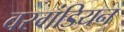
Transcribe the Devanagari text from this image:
वरगंडियन